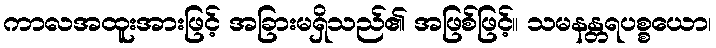
ကာလအထူးအားဖြင့် အခြားမရှိသည်၏ အဖြစ်ဖြင့်။ သမနန္တရပစ္စယော၊